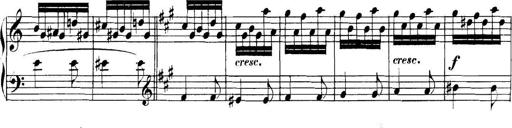
Title: Collected Piano Sonatas
Composer: Muzio Clementi